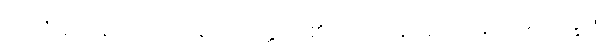
အလုံးစုံသော ပုညကိရိယဝတ္ထုတို့၏။ [၀၁] (နိ-၄၃၉) နိယမလက္ခဏံ၊